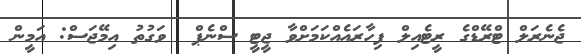
ޖެނެރަލް ޓްރޭޑްގެ ރީޓެއިލް ފިހާރައެއްކަމަށްވާ ޖީޓީ ސްނެޕް  ވަގުތު އިމޭޖަސް: އަމީން